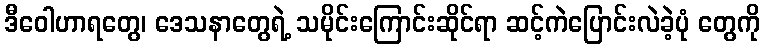
ဒီဝေါဟာရတွေ၊ ဒေသနာတွေရဲ့ သမိုင်းကြောင်းဆိုင်ရာ ဆင့်ကဲပြောင်းလဲခဲ့ပုံ တွေကို